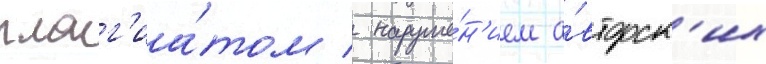
плаг'иа́том / наруше́н'ием а́вторск'их